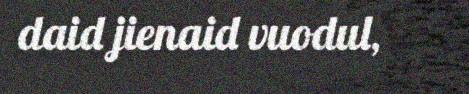
daid jienaid vuodul,